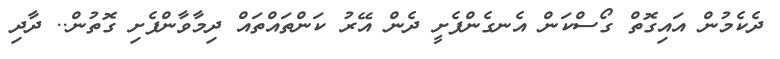
ދެކެމުން އައިގޮތް ގޯސްކަން އެނގެންފެށީ ދެން އޭރު ކަންތައްތައް ދިމާވާންފެށި ގޮތުން.. ދާދި